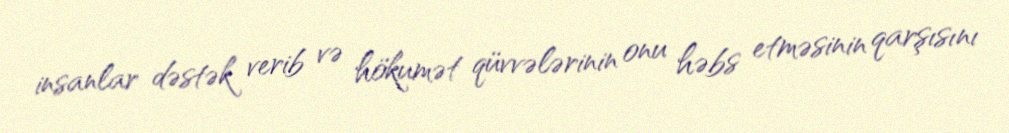
insanlar dəstək verib və hökumət qüvvələrinin onu həbs etməsinin qarşısını